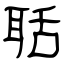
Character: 聒